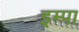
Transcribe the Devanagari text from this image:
इम्पा